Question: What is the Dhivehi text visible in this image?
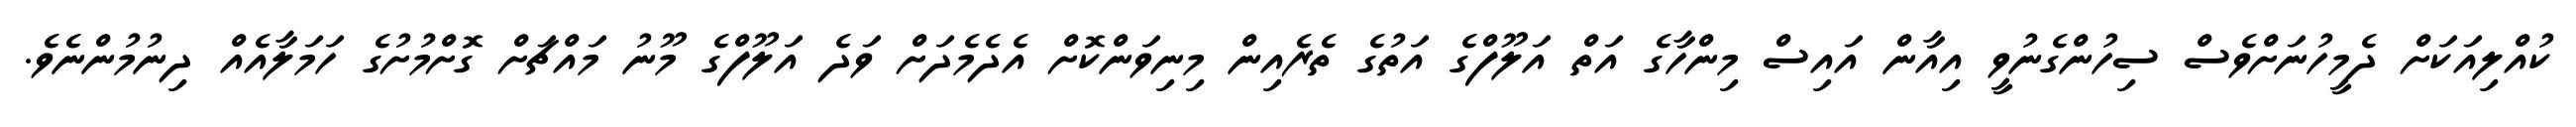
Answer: ކުއްލިއަކަށް ދެމީހުނަށްވެސް ސިހުންގެނުވީ އިއާން އައިސް މިންހާގެ އަތް އަލޫފްގެ އަތުގެ ތެރެއިން މިނިވަންކޮށް އެދެމެދަށް ވަދެ އަލޫފްގެ މޫނު މައްޗަށް ގޮށްމުށުގެ ހަމަލާއެއް ދިނުމުންނެވެ.